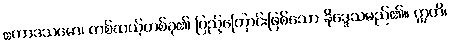
ဧကာဒသမော၊ တစ်ဆယ့်တစ်ခု၏ ပြည့်ကြောင်းဖြစ်သော နိဒ္ဒေသမည်၏။ ဣတိ၊